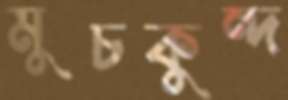
মুচকুন্দ